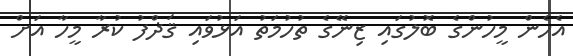
އެހެން މީހުންގެ ބޮލުގައި ޒިނޭގެ ތުހުމަތު އަޅުވައި ޤަޛްފު ކުރާ މީހާ އަށް